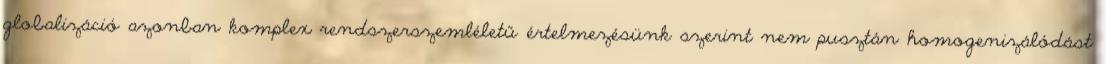
globalizáció azonban komplex rendszerszemléletű értelmezésünk szerint nem pusztán homogenizálódást